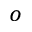
^ o